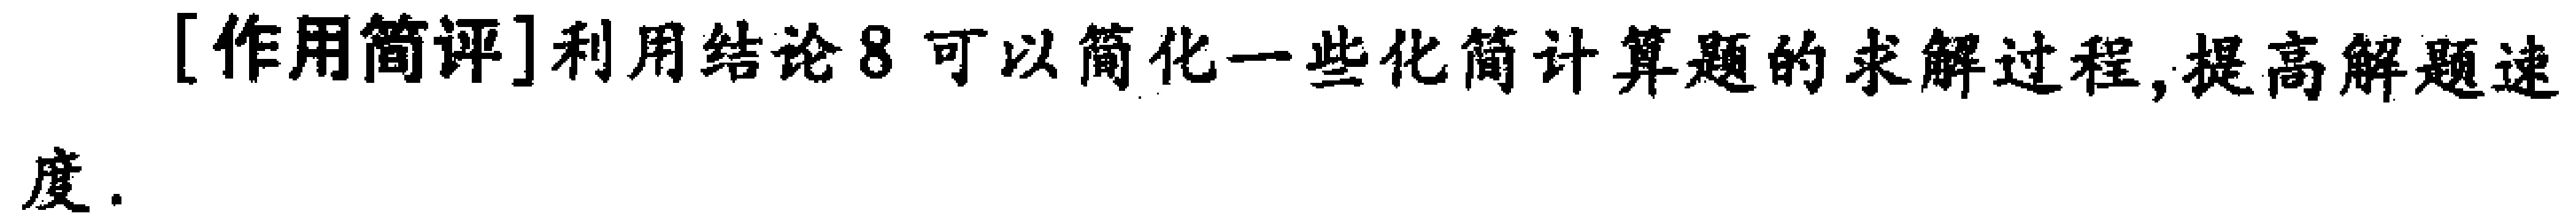
[作用简评]利用结论8 可以简化一些化简计算题的求解过程,提高解题速度.